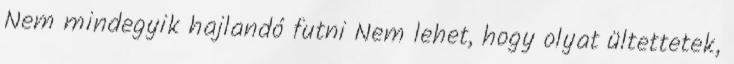
Nem mindegyik hajlandó futni Nem lehet, hogy olyat ültettetek,